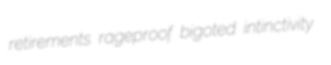
retirements rageproof bigoted intinctivity